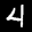
Label: 4